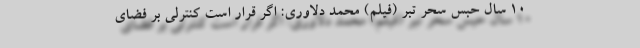
10 سال حبس سحر تبر (فیلم) محمد دلاوری: اگر قرار است کنترلی بر فضای